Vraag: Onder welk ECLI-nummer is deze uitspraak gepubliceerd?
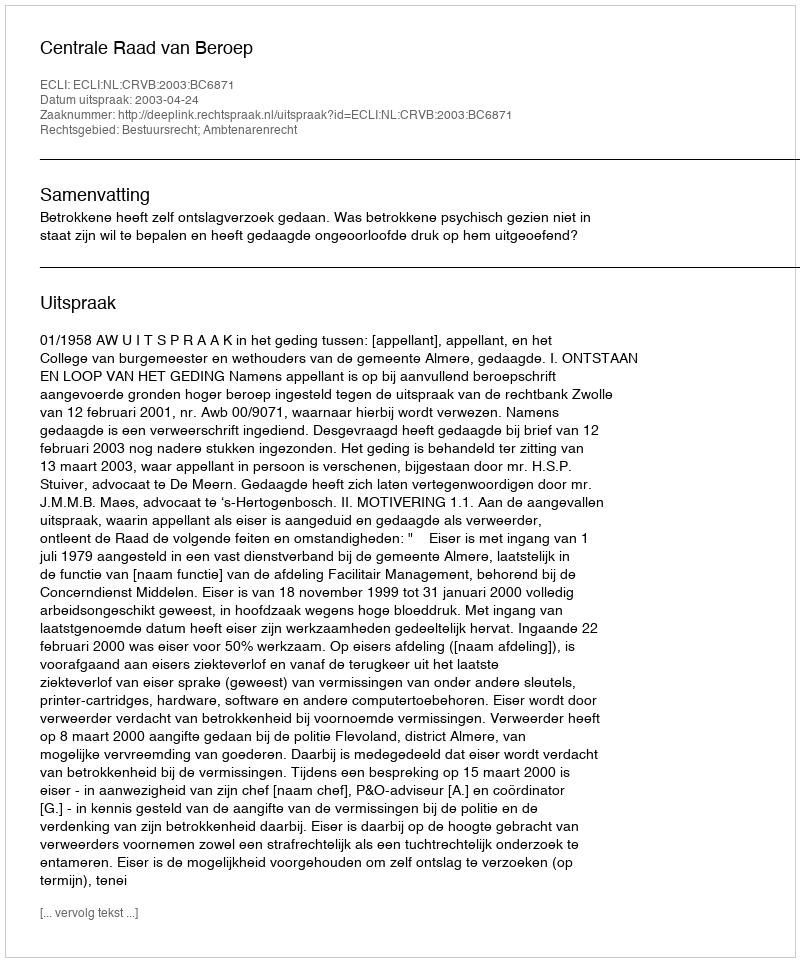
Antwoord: ECLI:NL:CRVB:2003:BC6871